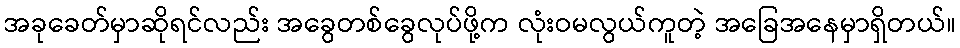
အခုခေတ်မှာဆိုရင်လည်း အခွေတစ်ခွေလုပ်ဖို့က လုံးဝမလွယ်ကူတဲ့ အခြေအနေမှာရှိတယ်။